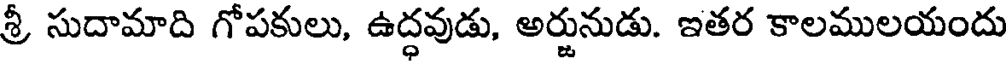
శ్రీ సుదామాది గోపకులు, ఉద్ధవుడు, అర్జునుడు. ఇతర కాలములయందు